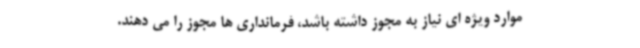
موارد ویژه ای نیاز به مجوز داشته باشد، فرمانداری ها مجوز را می دهند.